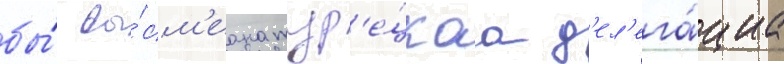
бы́ вы́см'еана тур'е́цкаа д'ел'ега́циа